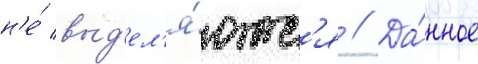
н'е́ выд'ел'я́ютс'я // Да́нное